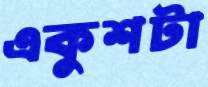
একুশটা